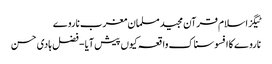
ٹیگزاسلام قرآن مجید مسلمان مغرب ناروے
ناروے کا افسوسناک واقعہ کیوں پیش آیا - فضل ہادی حسن